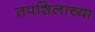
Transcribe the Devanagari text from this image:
तपशिलाच्या